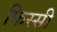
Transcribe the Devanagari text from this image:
फिस्सी